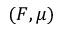
( F , \mu )